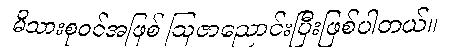
မိသားစုဝင်အဖြစ် ဩဇာညောင်းပြီးဖြစ်ပါတယ်။